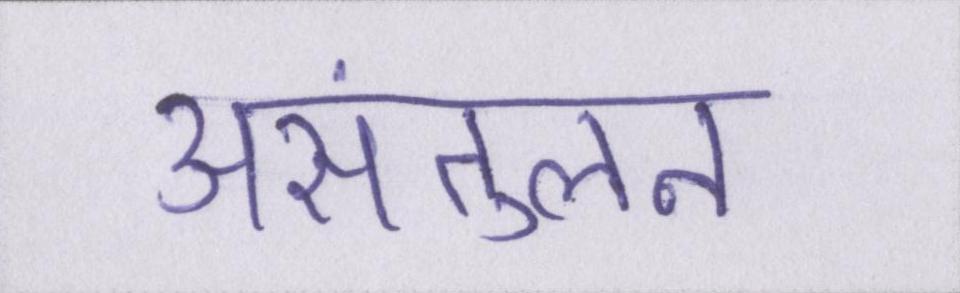
असंतुलन